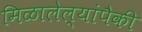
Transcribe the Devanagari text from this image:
मिळालेल्यांपैकी